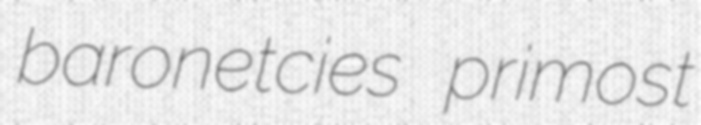
baronetcies primost